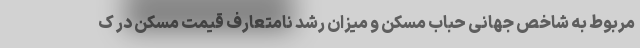
مربوط به شاخص جهانی حباب مسکن و میزان رشد نامتعارف قیمت مسکن در ک